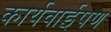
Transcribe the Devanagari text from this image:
कार्यवाईपण